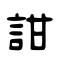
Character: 詌